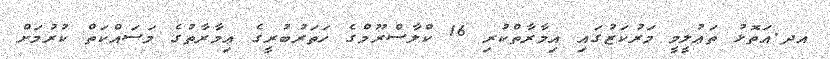
އދ.އަތޮޅު ތަޢުލީމީ މަރުކަޒުގައި އިމާރާތްކުރި 16 ކްލާސްރޫމްގެ ހަތަރުބުރީގެ ޢިމާރާތުގެ މަސައްކަތް ކުރުމަށް